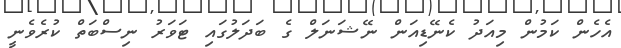
އެހެން ކަމުން މިއަދު ކެނޭޑިއަން ނޭޝަނަލް ގެ ބަދަލުގައި ޓަވަރު ނިސްބަތް ކުރެވެނީ